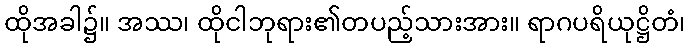
ထိုအခါ၌။ အဿ၊ ထိုငါဘုရား၏တပည့်သားအား။ ရာဂပရိယုဋ္ဌိတံ၊